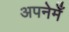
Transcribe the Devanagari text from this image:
अपनेमेँ